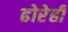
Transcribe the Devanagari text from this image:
ढोरेही